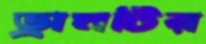
ড্রামটির